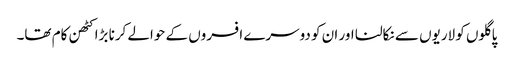
پاگلوں کو لاریوں سے نکالنا اور ان کو دوسرے افسروں کے حوالے کرنا بڑا کٹھن کام تھا۔